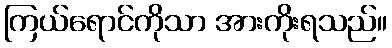
ကြယ်ရောင်ကိုသာ အားကိုးရသည်။